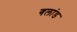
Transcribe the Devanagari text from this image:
गलांड